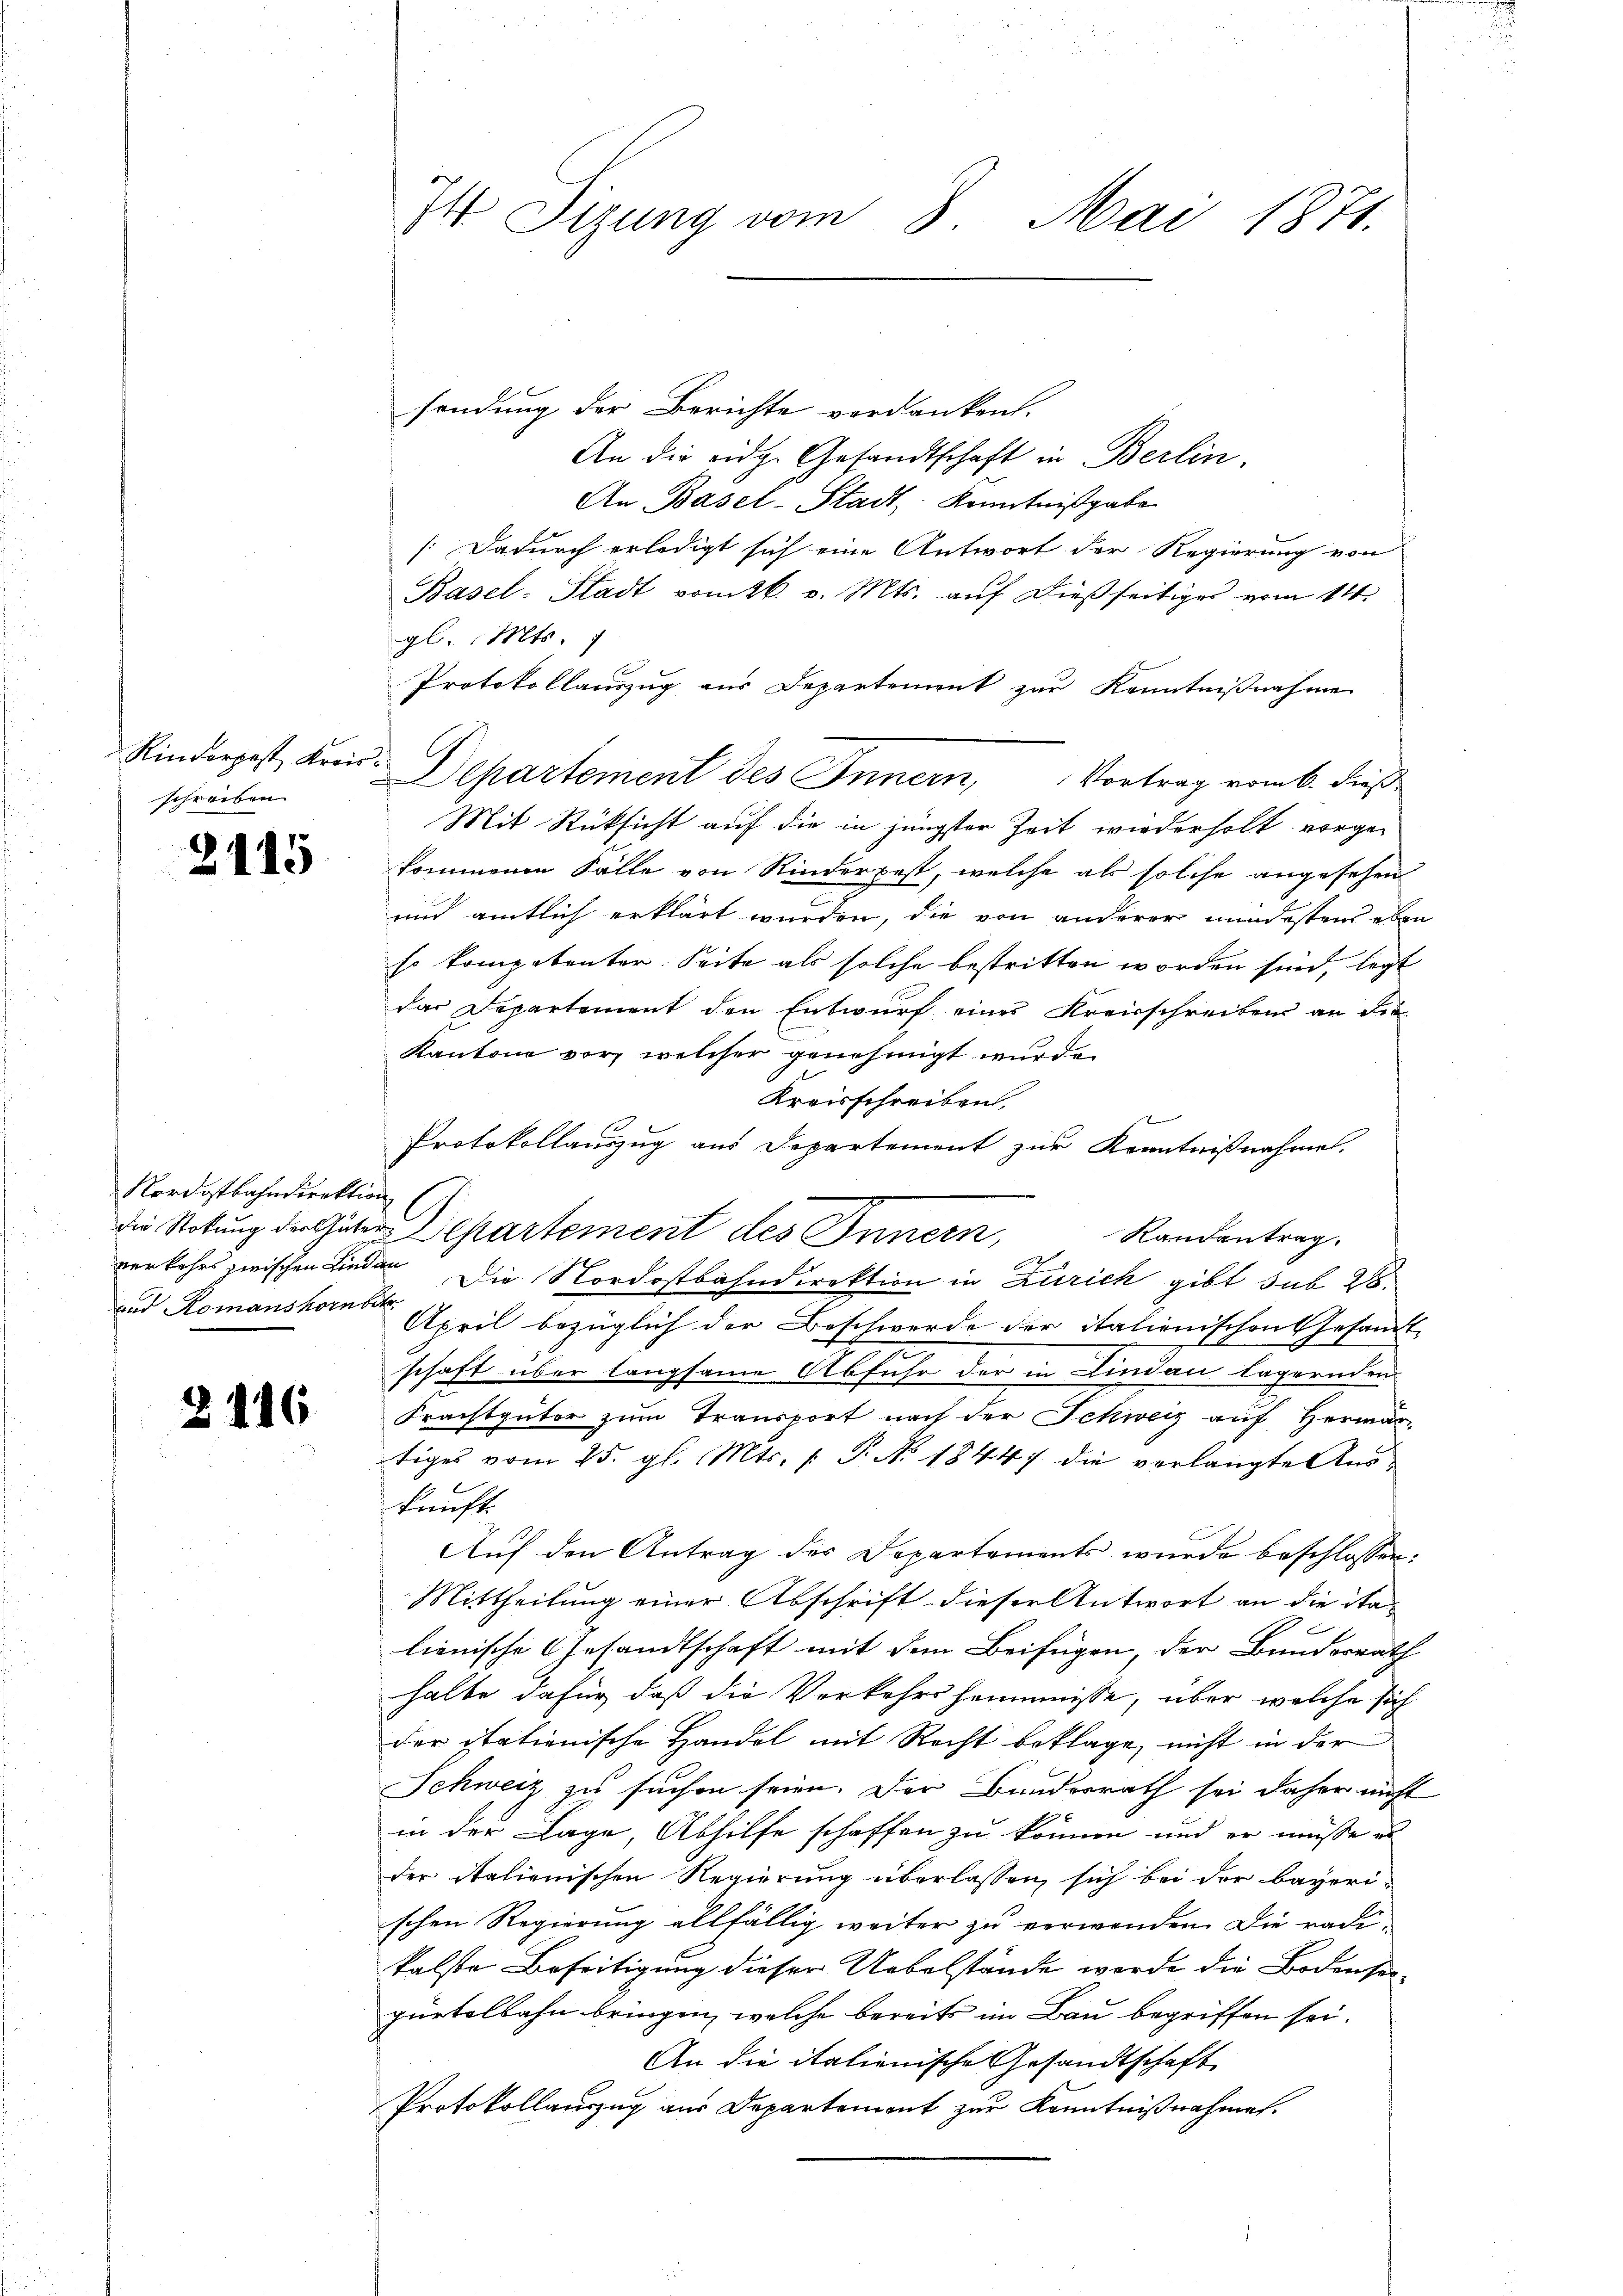
schreiben.

2115

Nordostbahndirektion
und Romanshorn betr.

2

416.

I4 Sizung vom 3. Mai 1871.

sendung der Berichte verdanken.
An die eidg. Gesandtschaft in Berlin.
An Basel-Stadt, Kenntnißgabe
/:Dadurch erledigt sich eine Antwort der Regierung von
Basel-Stadt vom 26. v. Mts. auf dießseitiges vom 14.
gl. Mts.
Protokollauszug aus Departement zur Kenntnißnahme
Kinderpost Kreis-Departement des Innern, Vortrag vom 6. dieß
Mit Rücksicht auf die in jüngster Zeit wiederholt vorgekommenen Fälle von Rinderpest, welche als solche angesehen
und amtlich erklärt wurden, die von anderer mindestens eben
so kompetenter Seite als solche bestritten worden sind, legt
das Departement den Entwurf eines Kreisschreiben an der
Kantone vor, welcher genehmigt wurde.
Kreisschreiben,
n
Protokollauszug aus Departement zur Kenntnißnahmen.
die Rodung der Gute Departement des Innern,
Randantrag.
verkehrs zwischen Kinden Die Nordostbahndirektion in Zürich gibt sub 28.
April bezüglich der Beschwerde der italienischen Gesandt-
schaft über langsame Abfuhr der in Lindau lägernden
Frachtgüter zum Transport nach der Schweiz auf Herwärtiges vom 25. gl. Mts. (T. No. 1844 7. die vorlangte Auskunft.
Auf den Antrag des Departements wurde beschlossen:
Mittheilung einer Abschrift dieser Antwort an die italienische Gesandtschaft mit dem Beifügen, der Bundesrath
halbe dafür, daß die Vorkehrshemmnisse, über welche sich
der italienische Handel mit Recht beklage, nicht in der
Schweiz zu suchen seien. Der Bundesrath sei daher nicht
in der Lage, Abhilfe schaffen zu können und er müsse er
der italienischen Regierung überlassen, sich bei der bayerischen Regierung allfällig weiter zu verwenden. Die radikalste Beseitigung dieser Uebelstände wurde die Bodenseipürtelbahn bringen, welche bereits im Bau begriffen sei.
An die italienische Gesandtschaft
Protokollauszug aus Departement zur Kenntnißnahmen.